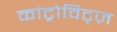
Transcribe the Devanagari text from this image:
कांट्रोविट्ज़